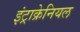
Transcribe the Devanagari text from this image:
इंट्राक्रेनियल